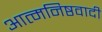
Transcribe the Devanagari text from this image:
आत्मनिष्ठवादी